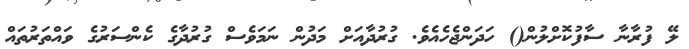
ލޭ ފުރާނާ ސާފުކޮށްލުން() ހަދަންޖެހެއެވެ. ގުރުދާއަށް މަދުން ނަމަވެސް ގުރުދާގެ ކެންސަރުގެ ވައްތަރުތައް